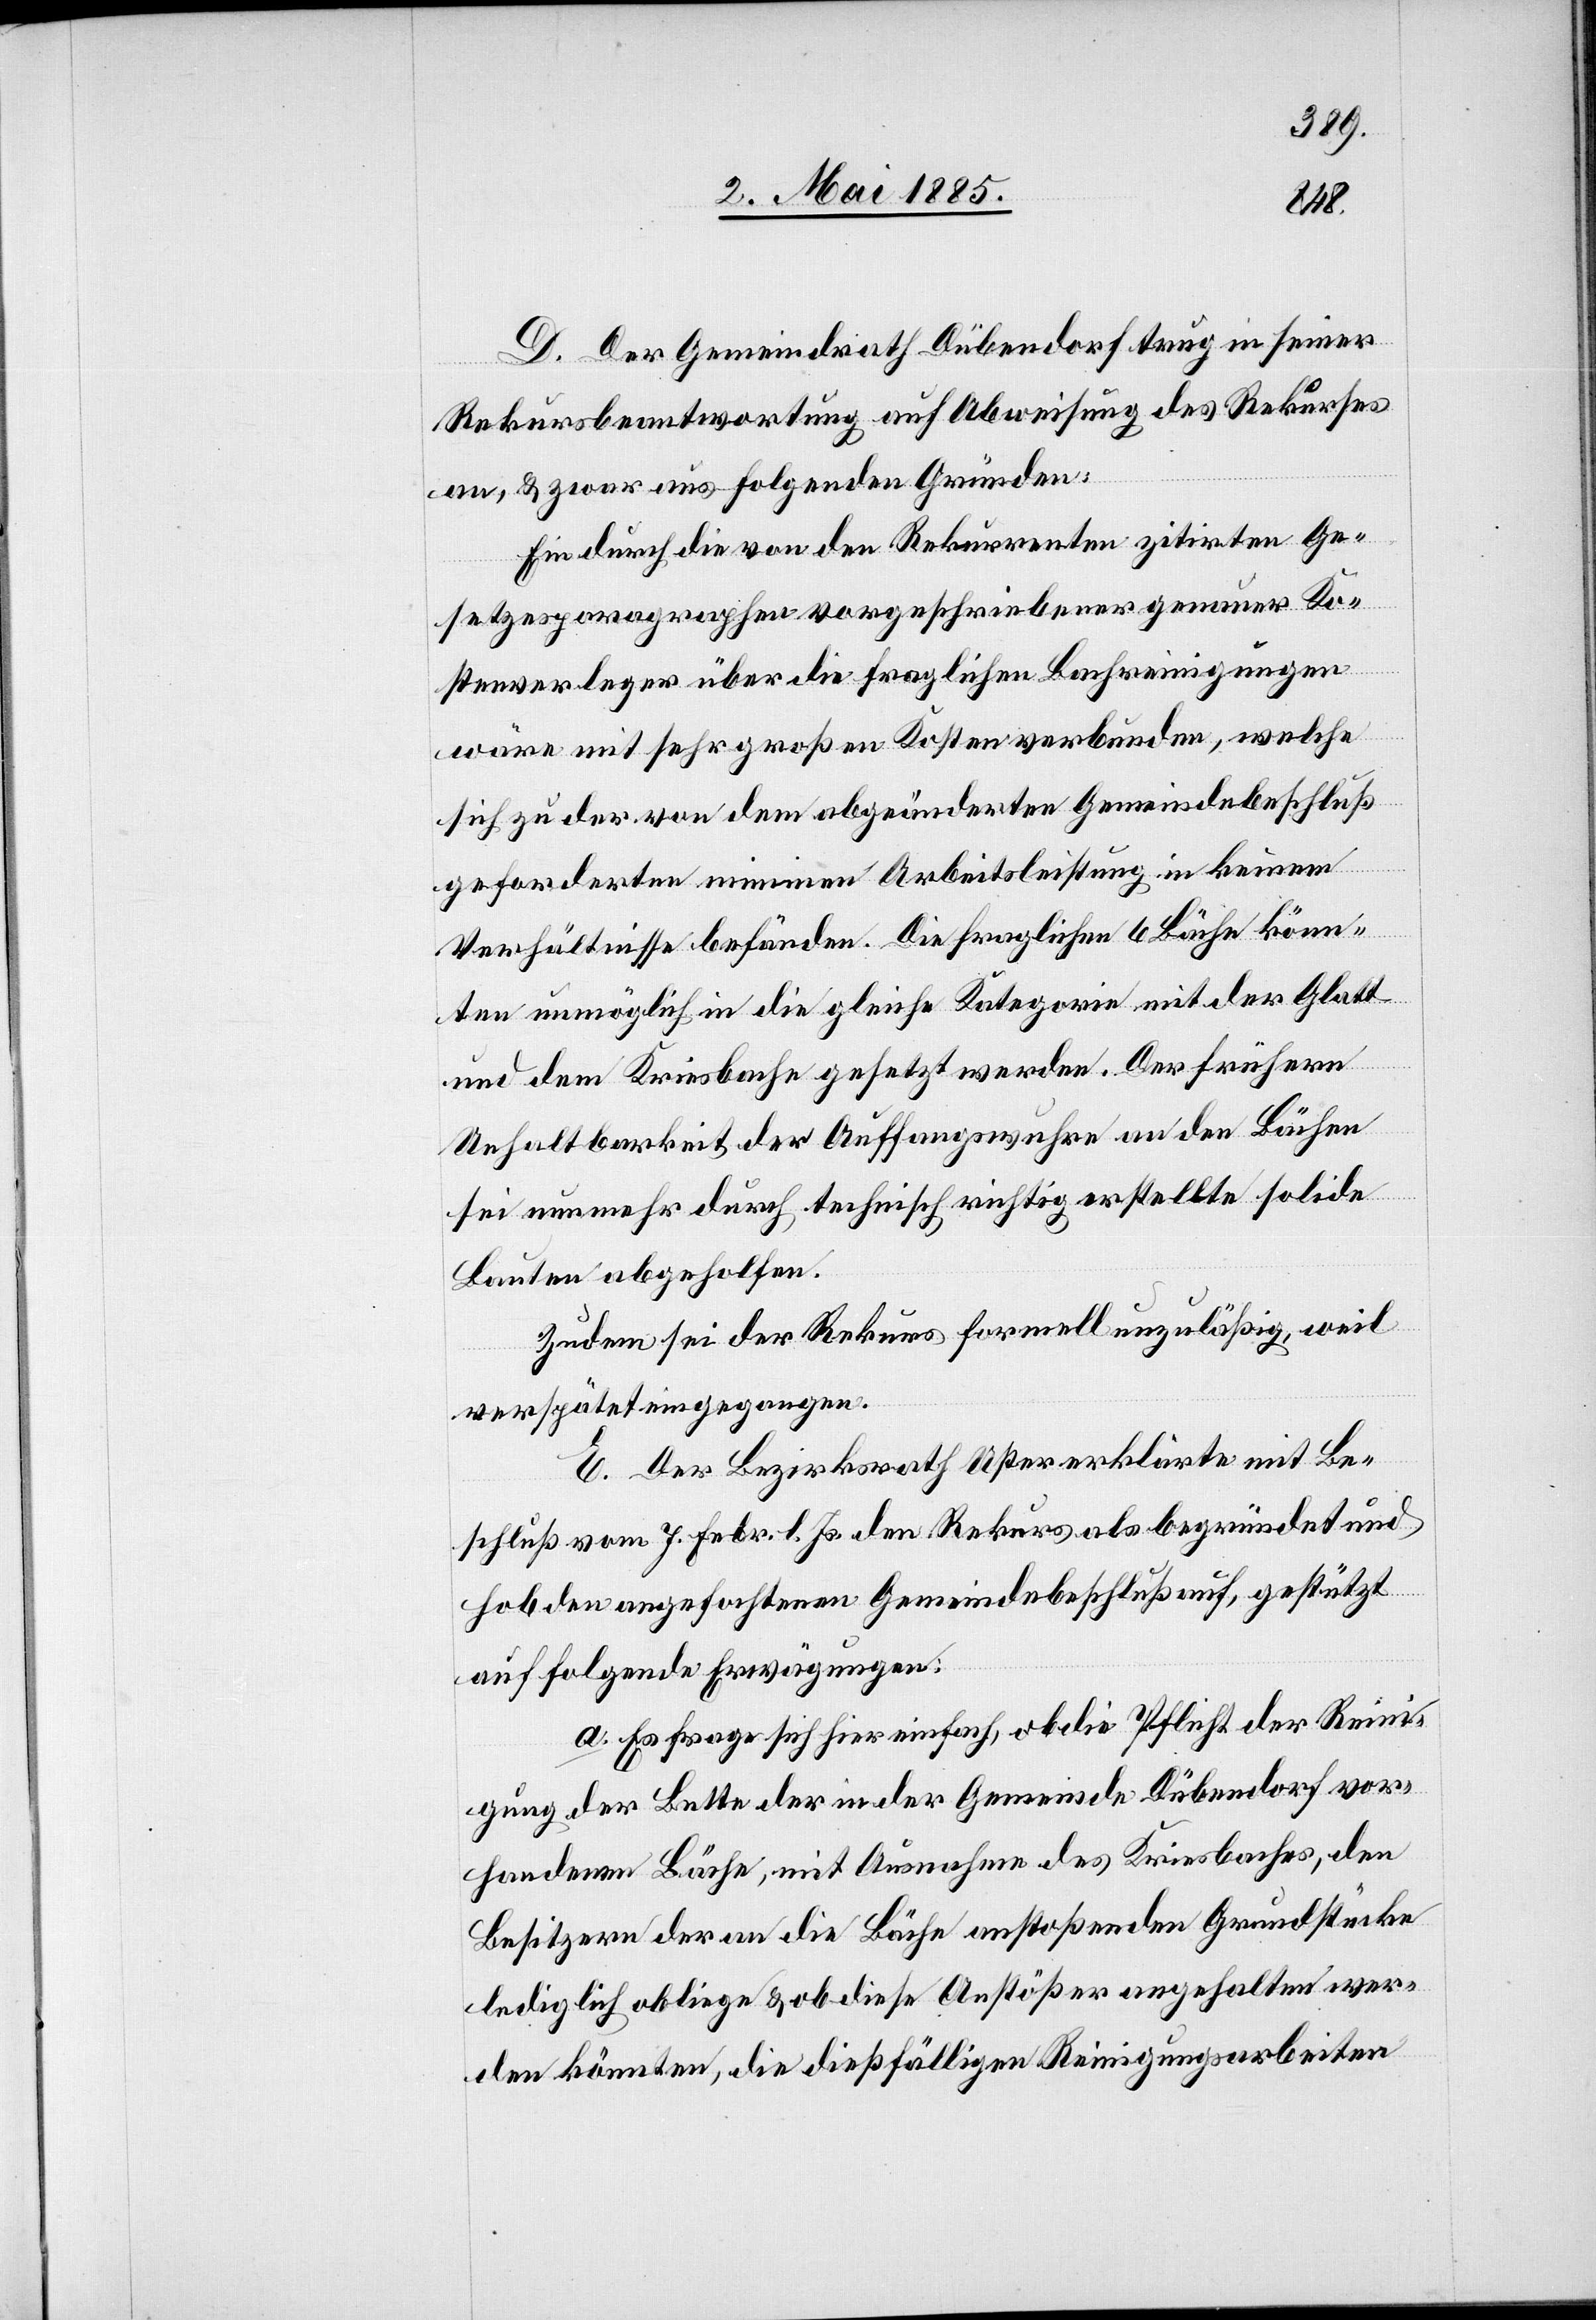
D. Der Gemeindrath Dübendorf trug in seiner
Rekursbeantwortung auf Abweisung des Rekurses
an, & zwar aus folgenden Gründen:
Ein durch die von den Rekurrenten zitirten Ge¬
setzesparagraphen vorgeschriebener genauer Ko¬
stenverleger über die fraglichen Bachreinigungen
wäre mit sehr großen Kosten verbunden, welche
sich zu der von dem abgeänderten Gemeindebeschluß
geforderten minimen Arbeitsleistung in keinem
Verhältnisse befände. Die fraglichen 6 Bäche könn¬
ten unmöglich in die gleiche Kategorie mit der Glatt
und dem Kriesbache gesetzt werden. Der frühern
Unhaltbarkeit der Auffangswuhren an den Bächen
sei nunmehr durch technisch richtig erstellte solide
Bauten abgeholfen.
Zudem sei der Rekurs formell unzuläßig, weil
verspätet eingegangen.
E. Der Bezirksrath Uster erklärte mit Be¬
schluß vom 7. Febr. l. Js. den Rekurs als begründet und
hob den angefochtenen Gemeindebeschluß auf, gestützt
auf folgende Erwägungen:
a. Es frage sich hier einfach, ob die Pflicht der Reini¬
gung der Bette der in der Gemeinde Dübendorf vor¬
handenen Bäche, mit Ausnahme des Kriesbaches, den
Besitzern der an die Bäche anstoßenden Grundstücke
lediglich obliege & ob diese Anstößer angehalten wer¬
den könnten, die dießfälligen Reinigungsarbeiten